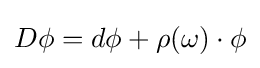
D\phi =d\phi +\rho (\omega )\cdot \phi